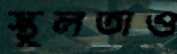
স্থূলতাও